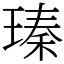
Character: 瑧